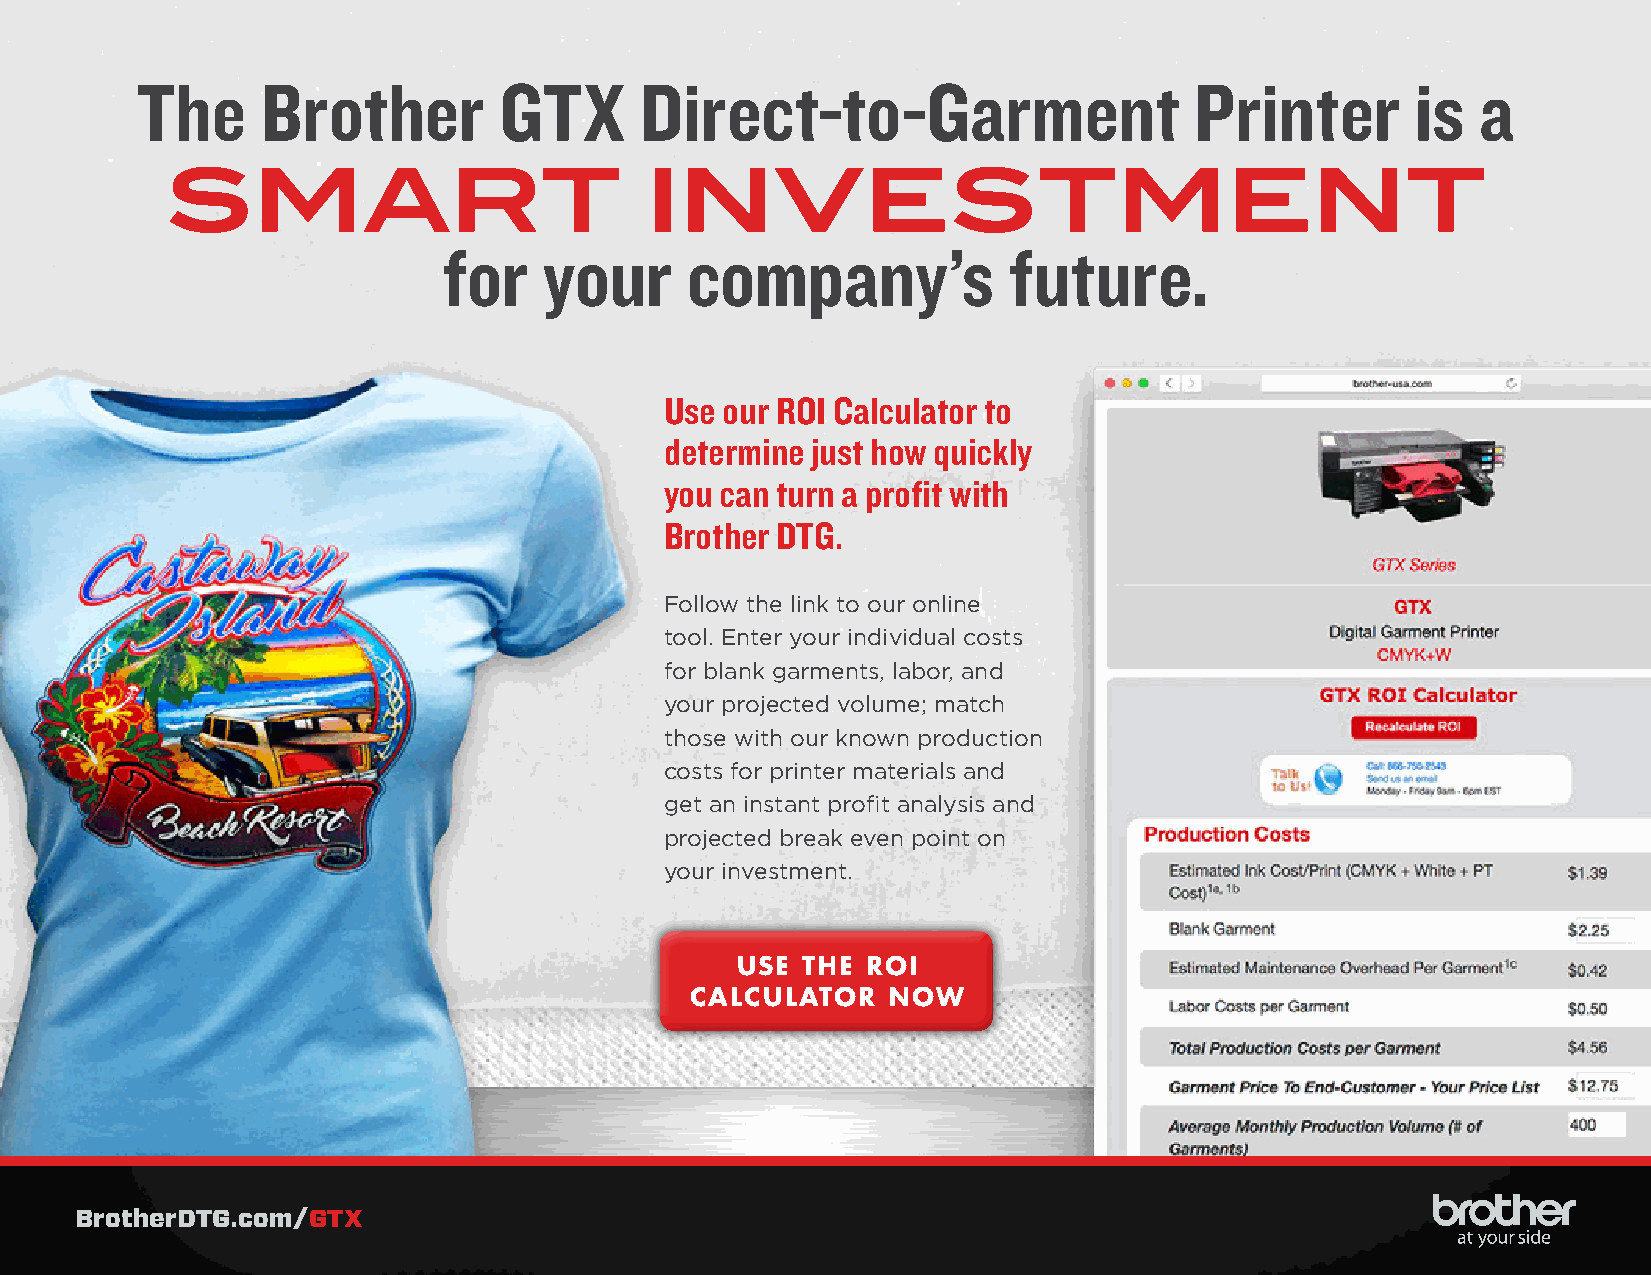
The     Brother         GTX      Direct-to-Garment                    Printer        is  a
 SMART                           INVESTMENT
 for    your     company’s             future.
 Use our ROI Calculator to
 determine just how quickly
 you can turn a profit with
 Brother DTG.
 Follow the link to our online
 tool. Enter your individual costs
 for blank garments, labor, and
 your projected volume; match
 those with our known production
 costs for printer materials and
 get an instant profit analysis and
 projected break even point on
 your investment.
 USE THE ROI
 CALCULATOR   NOW
 BrotherDTG.com/GTX